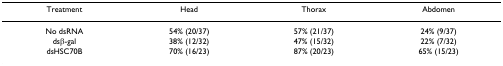
<table><thead><tr><td><b>Treatment</b></td><td><b>Head</b></td><td><b>Thorax</b></td><td><b>Abdomen</b></td></tr></thead><tbody><tr><td>No dsRNA</td><td>54% (20/37)</td><td>57% (21/37)</td><td>24% (9/37)</td></tr><tr><td>dsβ-gal</td><td>38% (12/32)</td><td>47% (15/32)</td><td>22% (7/32)</td></tr><tr><td>dsHSC70B</td><td>70% (16/23)</td><td>87% (20/23)</td><td>65% (15/23)</td></tr></tbody></table>